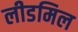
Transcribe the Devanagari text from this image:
लीडमिल